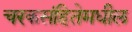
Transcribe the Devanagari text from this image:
चरकसंहितेमधील